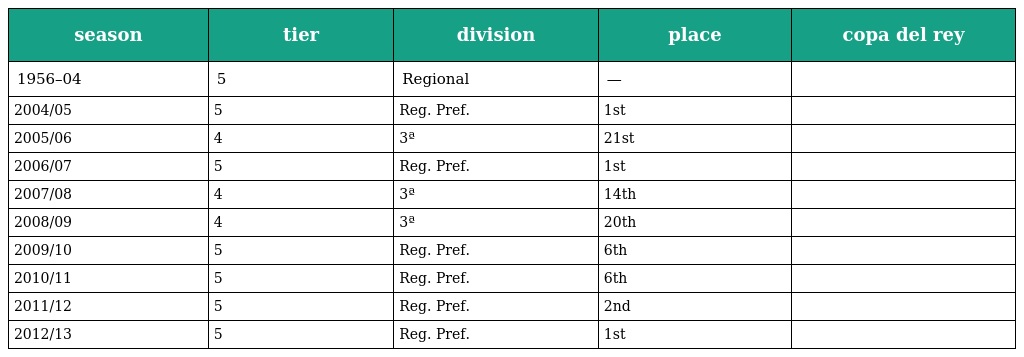
| season | tier | division | place | copa del rey |
 | --- | --- | --- | --- | --- |
 | 1956–04 | 5 | Regional | — |  |
 | 2004/05 | 5 | Reg. Pref. | 1st |  |
 | 2005/06 | 4 | 3ª | 21st |  |
 | 2006/07 | 5 | Reg. Pref. | 1st |  |
 | 2007/08 | 4 | 3ª | 14th |  |
 | 2008/09 | 4 | 3ª | 20th |  |
 | 2009/10 | 5 | Reg. Pref. | 6th |  |
 | 2010/11 | 5 | Reg. Pref. | 6th |  |
 | 2011/12 | 5 | Reg. Pref. | 2nd |  |
 | 2012/13 | 5 | Reg. Pref. | 1st |  |